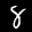
Label: 8